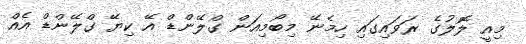
މިއީ ލޮލުގެ ރަވައިގައި ހިމެނޭ މިބޯމިއަން ގްލޭންޑް އޭ ކިޔޭ ގްލޭންޑް އެއް